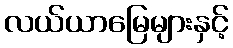
လယ်ယာမြေများနှင့်